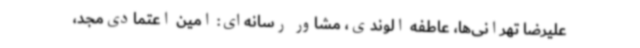
علیرضا تهرانی‌ها، عاطفه الوندی، مشاور رسانه‌ای: امین اعتمادی‌مجد،